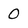
Character: 0